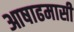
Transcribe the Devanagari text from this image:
आषाढमासी